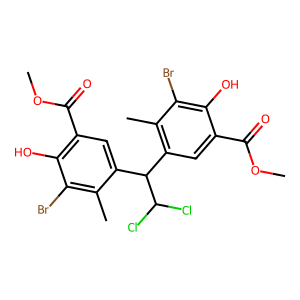
SMILES: COC(=O)c1cc(C(c2cc(C(=O)OC)c(O)c(Br)c2C)C(Cl)Cl)c(C)c(Br)c1O
Inhibits HIV replication: No